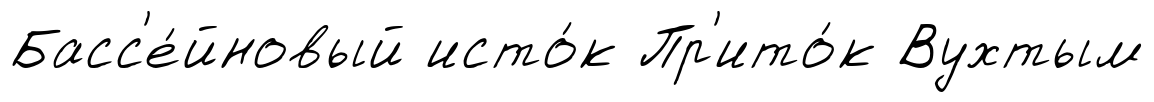
Басс'е́йновый исто́к Пр'ито́к Вухтым